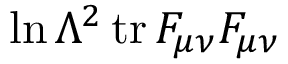
\ln \Lambda ^ { 2 } \, \mathrm { t r } \, F _ { \mu \nu } F _ { \mu \nu }